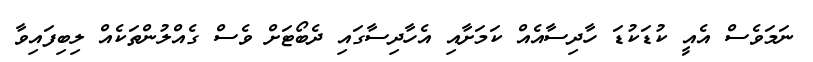
ނަމަވެސް އެއީ ކުޑަކުޑަ ހާދިސާއެއް ކަމަށާއި އެހާދިސާގައި ދެބޯޓަށް ވެސް ގެއްލުންތަކެއް ލިބިފައިވާ